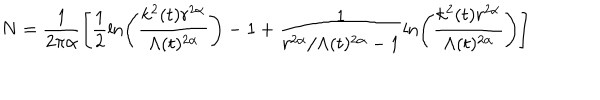
LaTeX: N = \frac { 1 } { 2 \pi \alpha } \left[ \frac { 1 } { 2 } \ln \left( \frac { k ^ { 2 } ( t ) r ^ { 2 \alpha } } { \Lambda ( t ) ^ { 2 \alpha } } \right) - 1 + \frac { 1 } { r ^ { 2 \alpha } / \Lambda ( t ) ^ { 2 \alpha } - 1 } \ln \left( \frac { k ^ { 2 } ( t ) r ^ { 2 \alpha } } { \Lambda ( t ) ^ { 2 \alpha } } \right) \right]